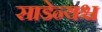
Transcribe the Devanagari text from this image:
साडेन्यश्च